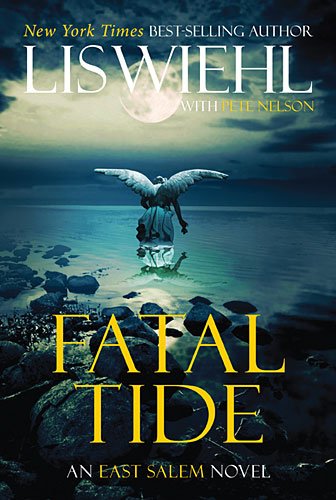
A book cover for Fatal Tide (The East Salem Trilogy); Lis Wiehl; Religion & Spirituality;